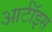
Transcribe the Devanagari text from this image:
आर्टॉइस